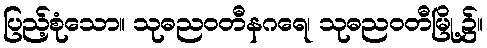
ပြည့်စုံသော။ သုဓညဝတီနဂရေ၊ သုဓညဝတီမြို့၌။